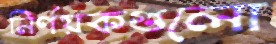
নির্ণয়কগুলো